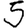
Digit: 5